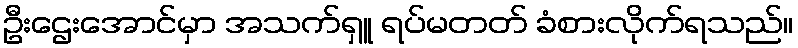
ဦးဌေးအောင်မှာ အသက်ရှူ ရပ်မတတ် ခံစားလိုက်ရသည်။